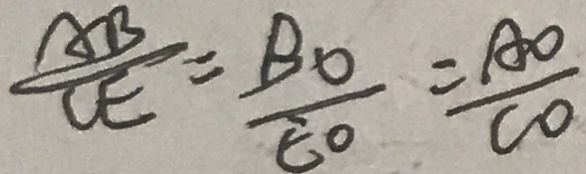
\frac { A B } { C E } = \frac { B O } { E O } = \frac { A O } { C O }